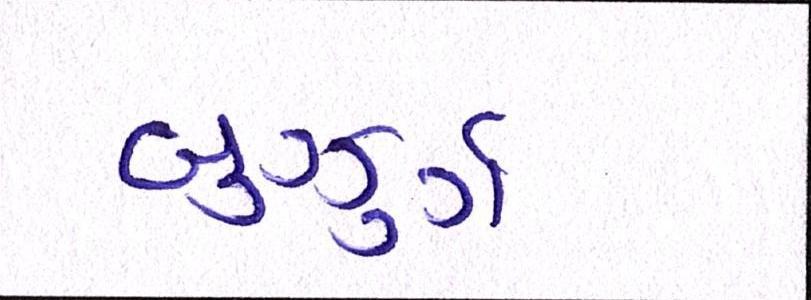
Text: બુઝુર્ગ